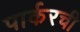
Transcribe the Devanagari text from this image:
पार्करची